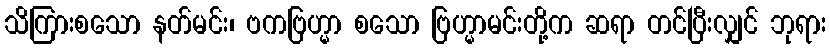
သိကြားစသော နတ်မင်း၊ ဗကဗြဟ္မာ စသော ဗြဟ္မာမင်းတို့က ဆရာ တင်ပြီးလျှင် ဘုရား